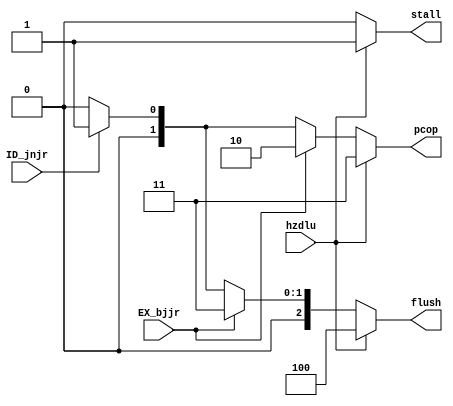
module HZDPU (
    output  reg     [1:0]   pcop        ,
    output  reg     [2:0]   flush       ,
    output  reg             stall       ,

    input   wire            ID_jnjr     ,
    input   wire            EX_bjjr     ,
    input   wire            hzdlu       
);
    always @(*) begin
        // default: no Hazard
        pcop = 2'd0;
        flush = 3'b000;
        stall = 1'b0;
        if (hzdlu) begin
            // load-use Hazard
            pcop = 2'd3;
            flush = 3'b100;
            stall = 1'b1;
        end else if (EX_bjjr) begin
            // branch(taken) or jr Control Hazard
            pcop = 2'd2;
            flush = 3'b011;
            stall = 1'b0;
        end else if (ID_jnjr) begin
            // jump(except jr) Control Hazard
            pcop = 2'd1;
            flush = 3'b001;
            stall = 1'b0;
        end
    end
endmodule